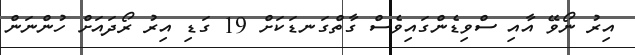
އިރު ނޯވޭ އާއި ސްވިޑެންގައިވެސް ގާތްގަނޑަކަށް 19 ގަޑި އިރު ރޯދައަށް ހުންނަން